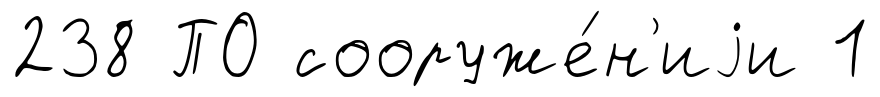
238 ПО сооруже́н'иjи 1